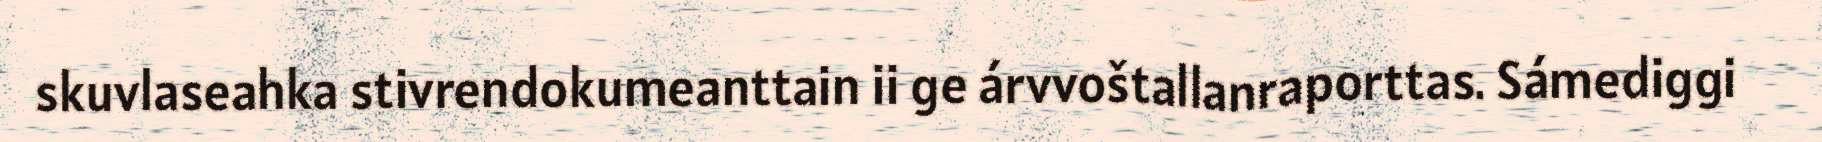
skuvlaseahka stivrendokumeanttain ii ge árvvoštallanraporttas. Sámediggi